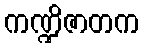
ကဏ္ဍိဇာတက